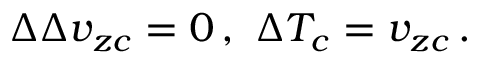
\Delta \Delta v _ { z c } = 0 \, , \ \Delta { T } _ { c } = v _ { z c } \, . \